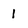
Character: 1